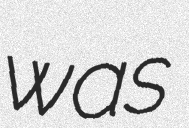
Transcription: was